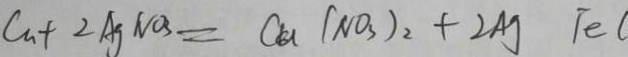
C u + 2 A g N O _ { 3 } = C u ( N O _ { 3 } ) _ { 2 } + 2 A g F e c